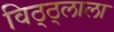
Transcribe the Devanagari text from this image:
विठ्ठ्लाला